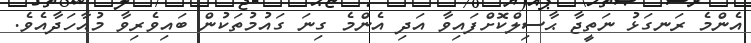
އެންމެ ރަނގަޅު ނަތީޖާ ޙާސިލްކޮށްފައިވާ އަދި އެންމެ ގިނަ ގައުމުތަކުން ބައިވެރިވާ މުއާހަދާއެވެ.